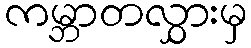
ကမ္ဘာတလွှားမှ